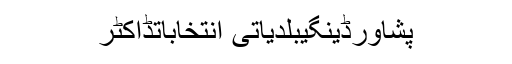
پشاورڈینگیبلدیاتی انتخاباتڈاکٹر